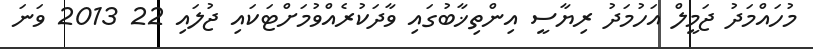
މުހައްމަދު ޖަމީލް އަހުމަދު ރިޔާސީ އިންތިޚާބުގައި ވާދަކުރެއްވުމަށްޓަކައި ޖުލައި 22 2013 ވަނަ